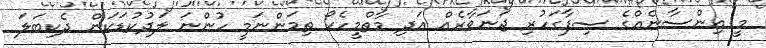
މީ އިންސާނެއްގެ ސިފާގަހުރި ޖަނަވާރެއް އަދި މާތްމީހެކޯ ތިމަންނަމީ ހުންނަ ލަދުކުޑަކަން ދެކިބަލަ